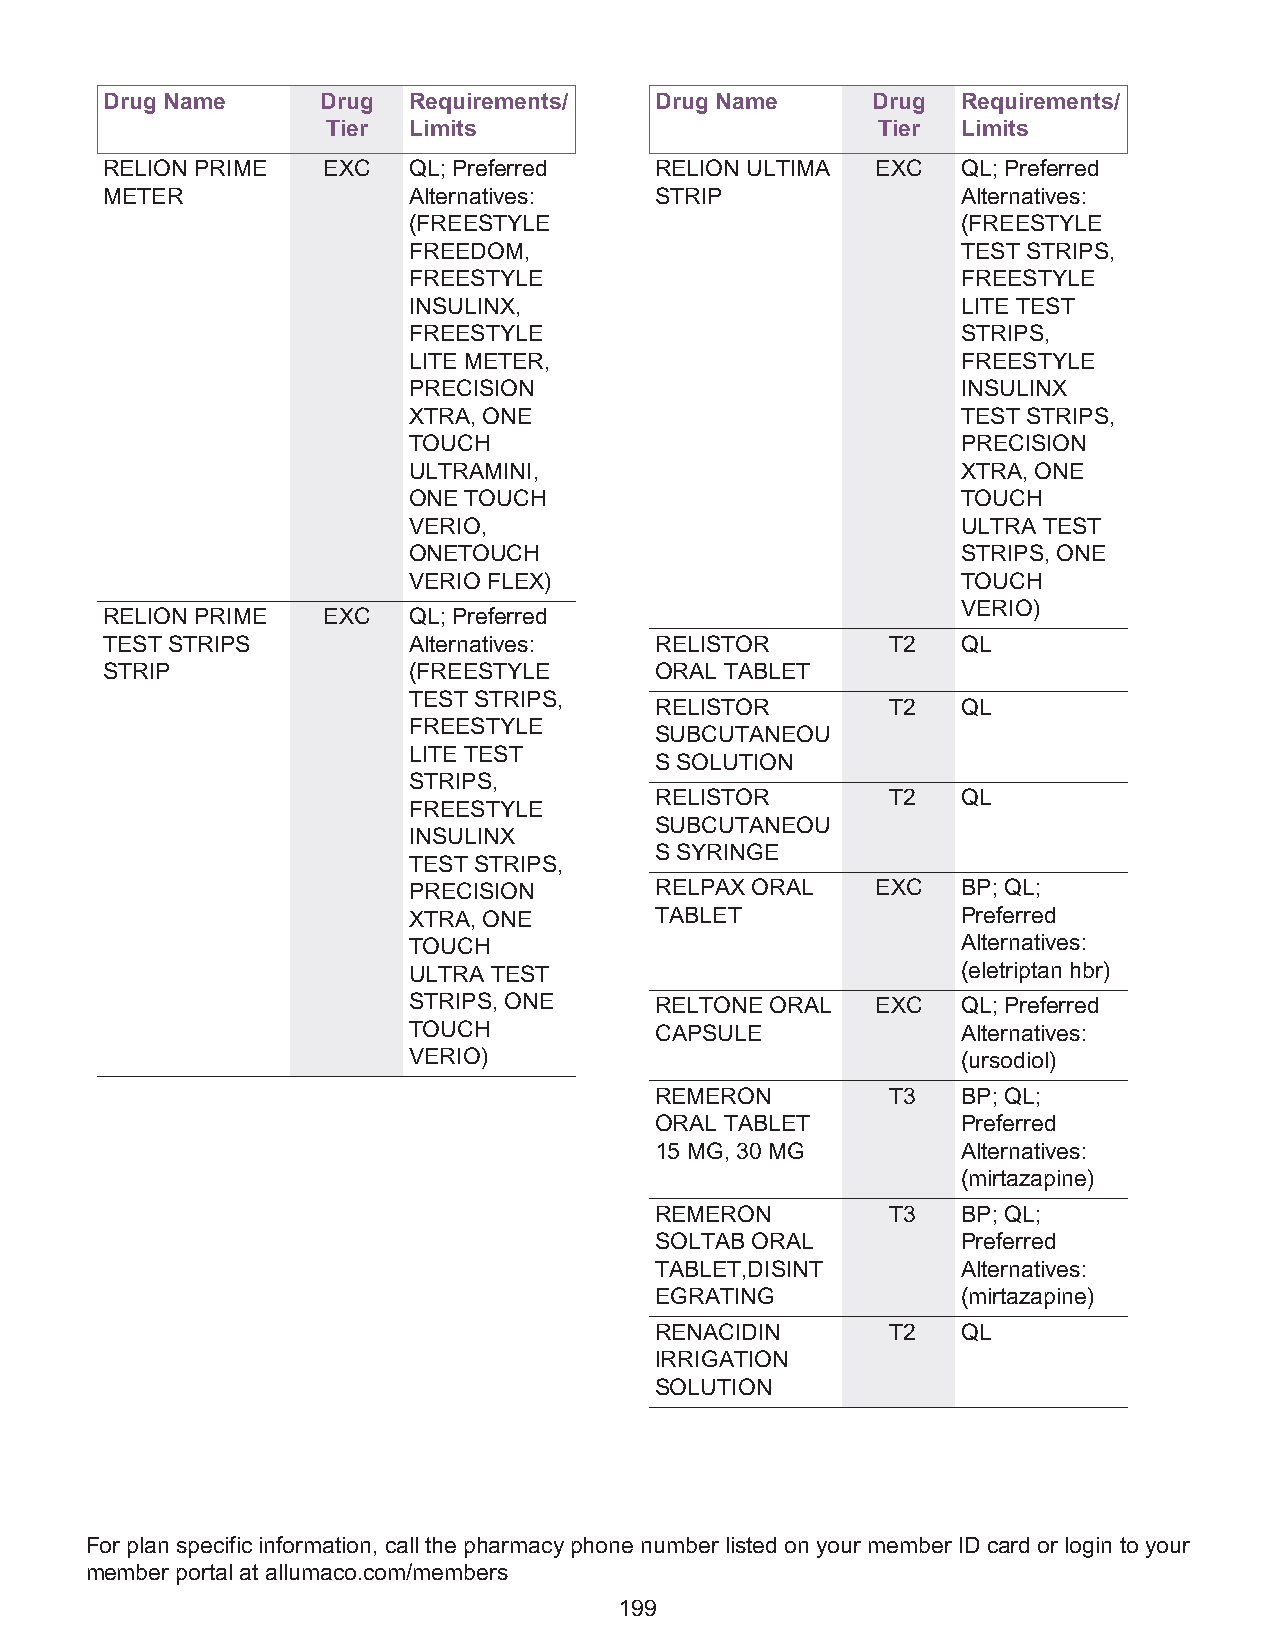
Drug Name     Drug  Requirements/   Drug Name      Drug  Requirements/
 Tier Limits                         Tier  Limits
 RELION PRIME  EXC   QL; Preferred   RELION ULTIMA  EXC   QL; Preferred
 METER               Alternatives:   STRIP                Alternatives:
 (FREESTYLE                           (FREESTYLE
 FREEDOM,                             TEST STRIPS,
 FREESTYLE                            FREESTYLE
 INSULINX,                            LITE TEST
 FREESTYLE                            STRIPS,
 LITE METER,                          FREESTYLE
 PRECISION                            INSULINX
 XTRA, ONE                            TEST STRIPS,
 TOUCH                                PRECISION
 ULTRAMINI,                           XTRA, ONE
 ONE TOUCH                            TOUCH
 VERIO,                               ULTRA TEST
 ONETOUCH                             STRIPS, ONE
 VERIO FLEX)                          TOUCH
 VERIO)
 RELION PRIME  EXC   QL; Preferred
 TEST STRIPS         Alternatives:   RELISTOR        T2   QL
 STRIP               (FREESTYLE      ORAL TABLET
 TEST STRIPS,
 RELISTOR        T2   QL
 FREESTYLE
 SUBCUTANEOU
 LITE TEST
 S SOLUTION
 STRIPS,
 RELISTOR        T2   QL
 FREESTYLE
 SUBCUTANEOU
 INSULINX
 S SYRINGE
 TEST STRIPS,
 PRECISION       RELPAX ORAL    EXC   BP; QL;
 XTRA, ONE       TABLET               Preferred
 TOUCH                                Alternatives:
 ULTRA TEST                           (eletriptan hbr)
 STRIPS, ONE     RELTONE ORAL   EXC   QL; Preferred
 TOUCH           CAPSULE              Alternatives:
 VERIO)                               (ursodiol)
 REMERON         T3   BP; QL;
 ORAL TABLET          Preferred
 15 MG, 30 MG         Alternatives:
 (mirtazapine)
 REMERON         T3   BP; QL;
 SOLTAB ORAL          Preferred
 TABLET,DISINT        Alternatives:
 EGRATING             (mirtazapine)
 RENACIDIN       T2   QL
 IRRIGATION
 SOLUTION
 For plan specific information, call the pharmacy phone number listed on your member ID card or login to your
 member portal at allumaco.com/members
 199